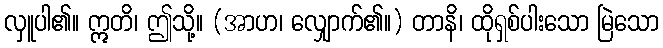
လှူပါ၏။ ဣတိ၊ ဤသို့။ (အာဟ၊ လျှောက်၏။) တာနိ၊ ထိုရှစ်ပါးသော မြဲသော